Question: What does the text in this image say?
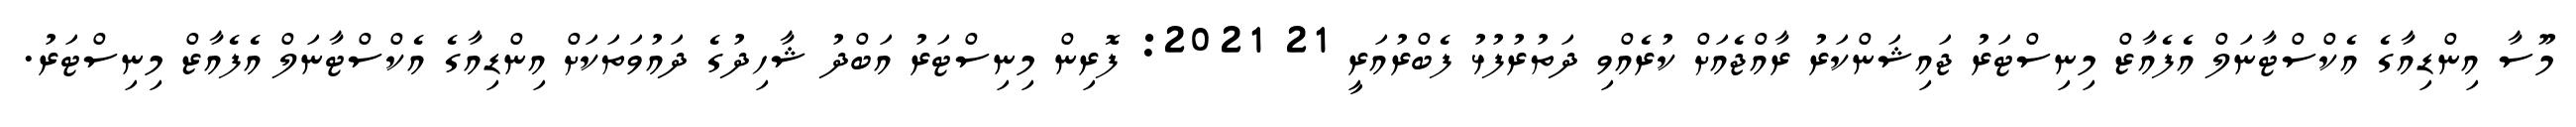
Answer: މޫސާ އިންޑިއާގެ އެކްސްޓާނަލް އެފެއާޒް މިނިސްޓަރު ޖައިޝަންކަރު ރާއްޖެއަށް ކުރެއްވި ދަތުރުފުޅު ފެބްރުއަރީ 21 2021: ފޮރިން މިނިސްޓަރު އަބްދު ޝާހިދުގެ ދައުވަތަކަށް އިންޑިއާގެ އެކްސްޓާނަލް އެފެއާޒް މިނިސްޓަރު.